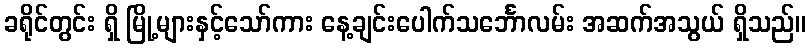
ခရိုင်တွင်း ရှိ မြို့များနှင့်သော်ကား နေ့ချင်းပေါက်သင်္ဘောလမ်း အဆက်အသွယ် ရှိသည်။